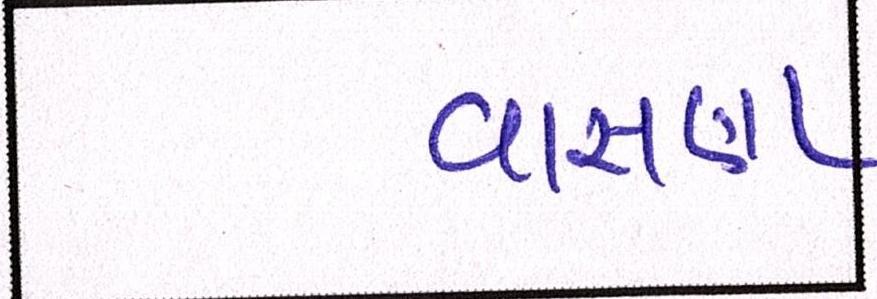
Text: વાસણા